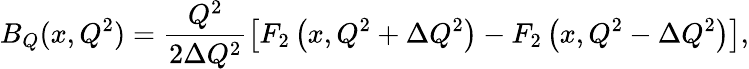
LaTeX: B_{Q}(x,Q^{2})=\frac{Q^{2}}{2\Delta Q^{2}}\left[F_{2}\left(x,Q^{2}+\Delta Q^{2}\right)-F_{2}\left(x,Q^{2}-\Delta Q^{2}\right)\right],